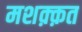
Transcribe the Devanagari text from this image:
मशक़्क़त